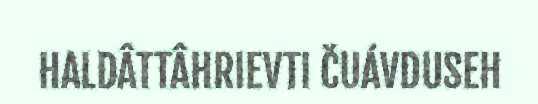
HALDÂTTÂHRIEVTI ČUÁVDUSEH